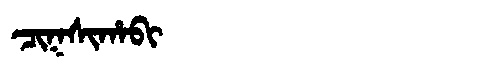
Manchu: ᠴᡳᡴᠰᡳᡥᠠᠪᡳ
Romanization: CIKSIHABI